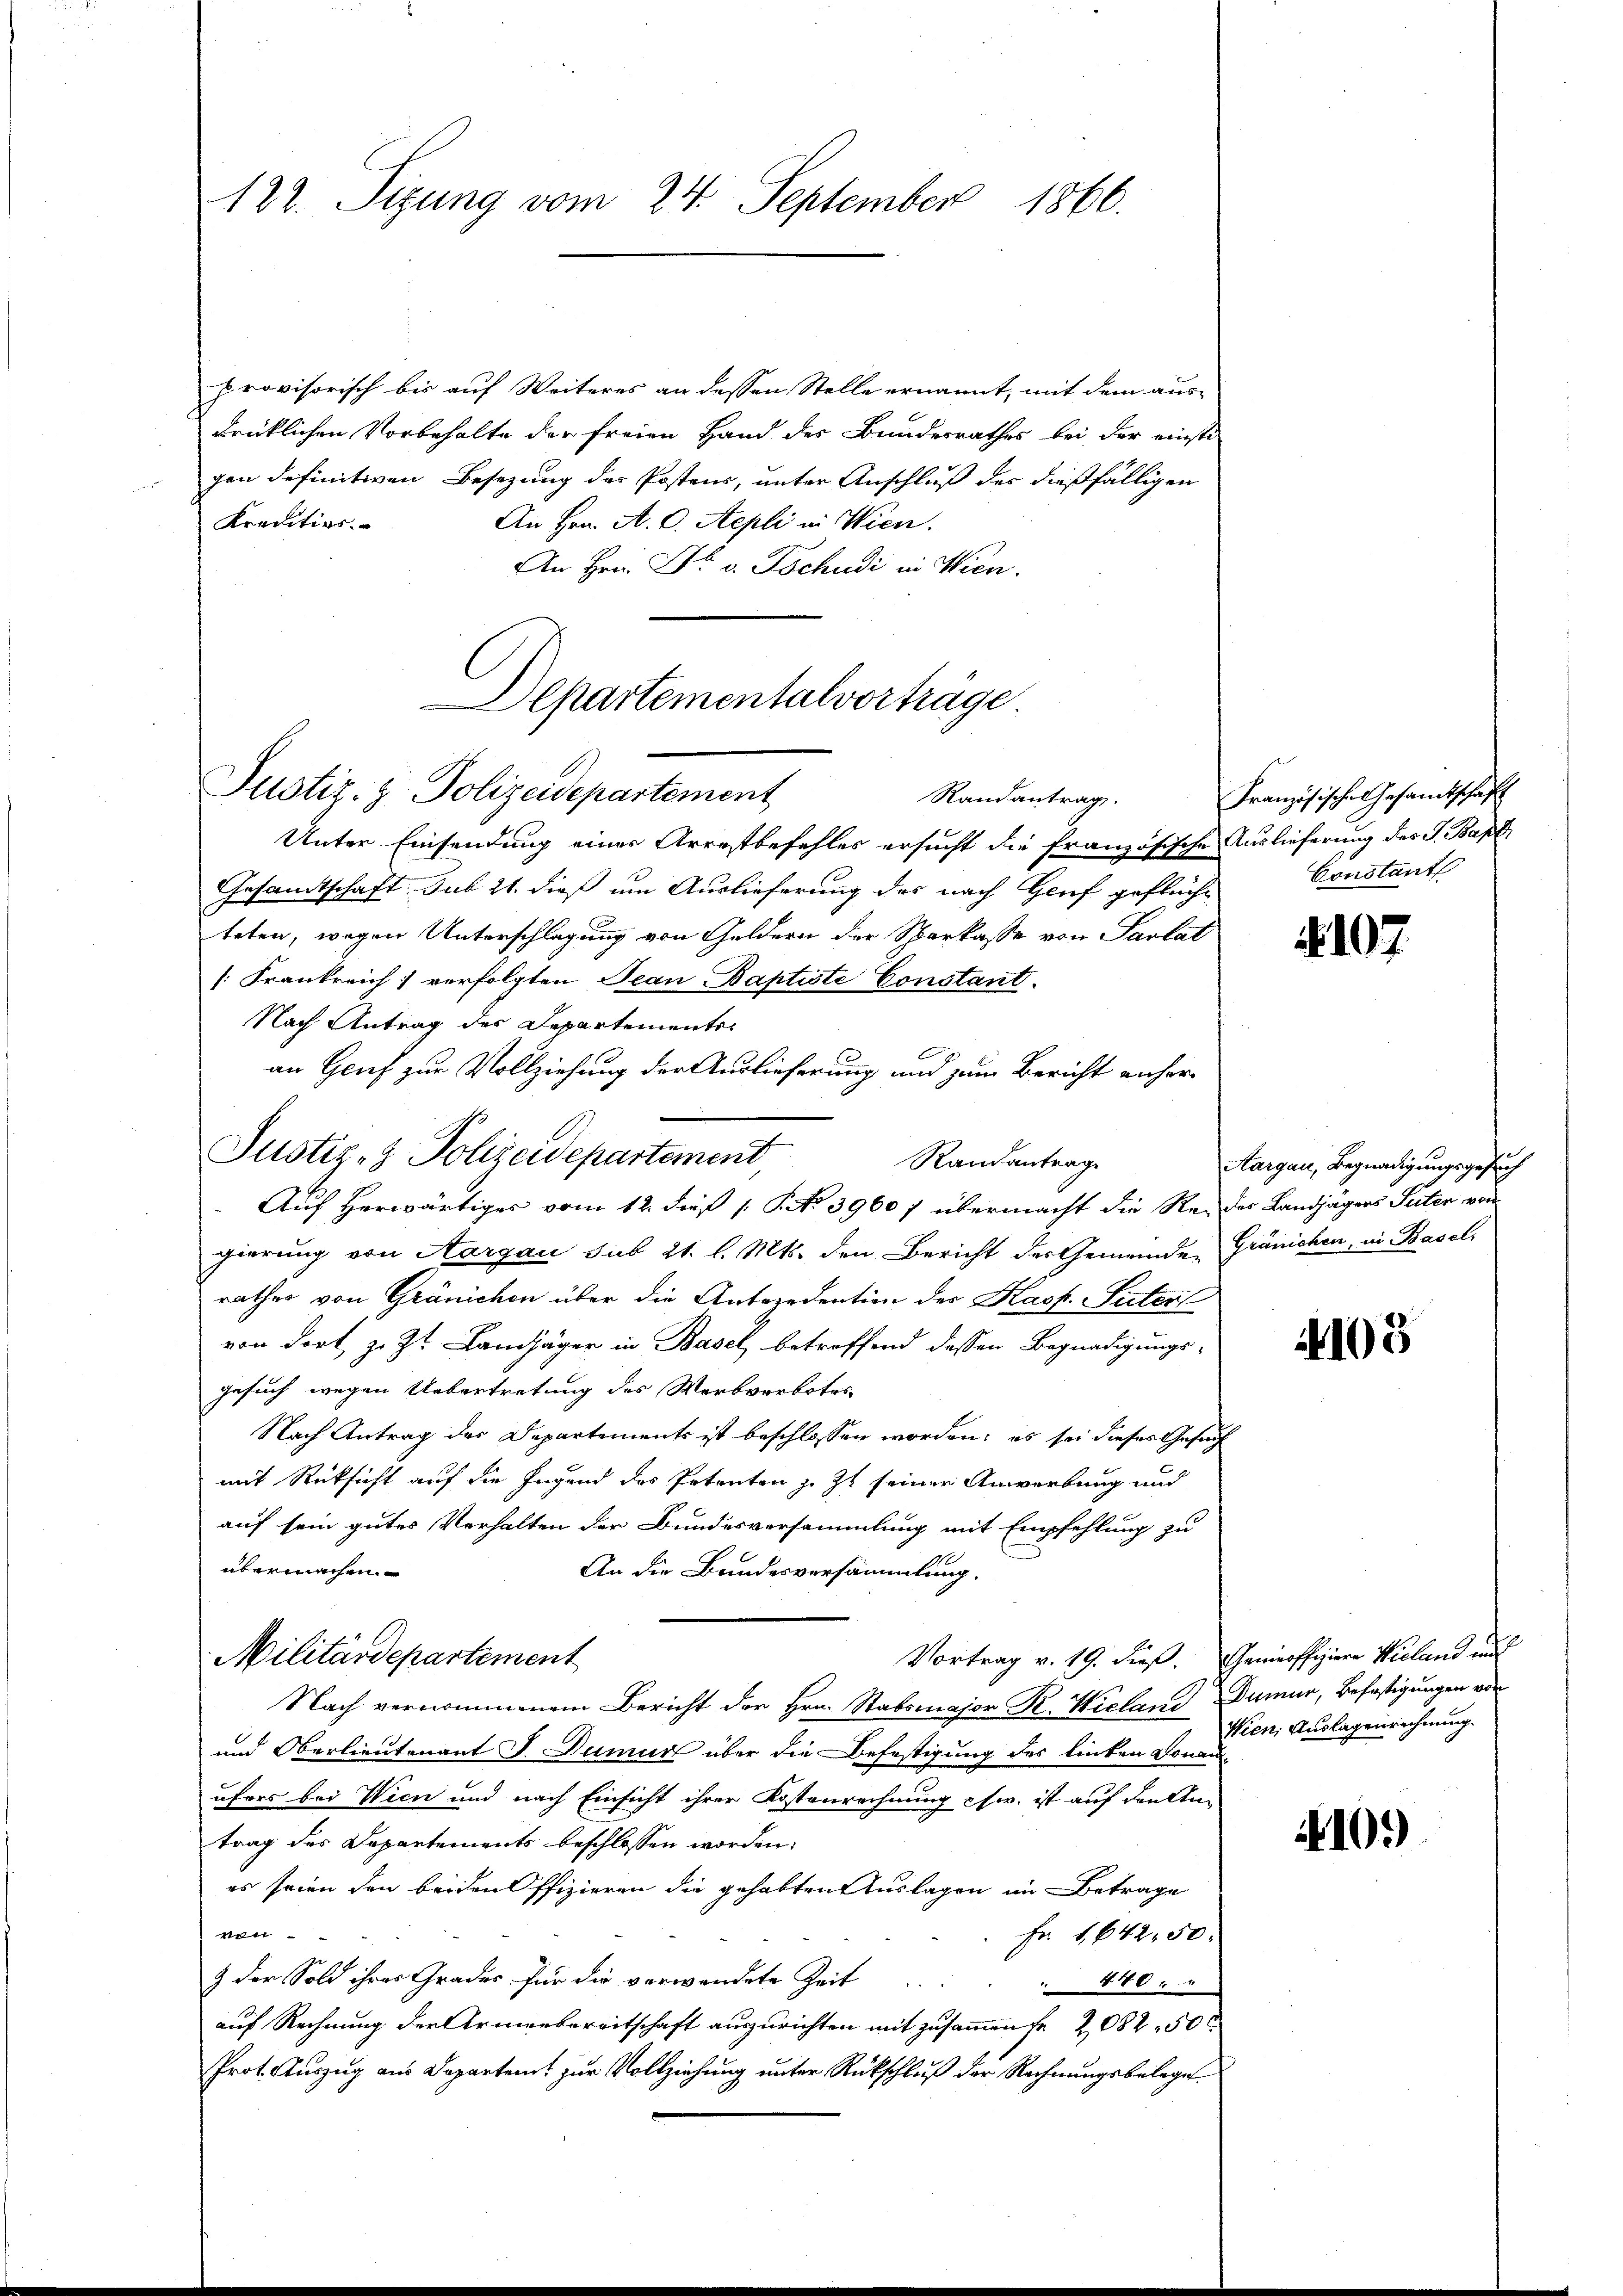
122. Sizung vom 24. September 1866.

provisorisch bis auf Weiteres an dessen Stelle ernannt, mit dem aus-
drücklichen Vorbehalte der freien Hand des Bundesrathes bei der einste
gen definitiven Besetzung des Postens, unter Anschluß des dießfälligen
An Hrn. A. C. Stepli in Wien.
Krentier
An Hrn. Dr. v. Tschudi in Wien.

Departementalvorträge.
Justiz- & Polizeidepartement
Randantrag.

Justiz- & Polizeidepartement,
Randantrag

Unter Einsendung eines Arrestbefehles ersucht die französische Auslieferung des J. Bapt
Gesandtschaft. sub 21. dieß um Auslieferung des nach Genf geflüche
teten, wegen Unterschlagung von Geldern der Sparkasse von Parlat
[Frankreich verfolgten Jean Baptiste Constant.
Nach Antrag des Departemente
an Genf zur Vollziehung der Auslieferung und zum Bericht anhergierung von Aargau sub 21. l. Mts. den Bericht der Gemeinde Gränichen, in Basel,
rathes von Gränichen über die Antezedention der Kasp. Suterl
von dort, z. Zt. Landjäger in Basel, betreffend dessen Begnadigungs-
gesuch wegen Uebertretung des Werbverbotes
Nach Antrag des Departements ist beschlossen worden; es sei dieses Gesuch
mit Rücksicht auf die Jugend des Petenten z. Zt. seiner Anwerbung und
auf sein gutes Verhalten der Bundesversammlung mit Empfehlung zu
übermachen
An die Bundesversammlung.
Vortrag v. 19. dieß. Genieoffiziere Wieland und
Militärdepartement
Nach vernommenem Bericht der Hrn. Stabsmajor K. Niclaus Dumur, Befestigungen von
und Oberlieutenant J. Dumur über die Befestigung des linken Donauufers bei Wien und nach Einsicht ihrer Kostenrechnung chw. ist auf den Antrag des Departements beschlossen worden.
es seien den beiden Pfizieren die gehabten Auslagen im Betrage
ven
Fr 1642,50
9 der Sold ihrer Grades für die verwendete Zeit
 440.
auf Rechnung der Armenbereitschaft auszurichten mit zusammen fr. 2082. 50 x
Prot. Auszug aus Departen zur Vollziehung unter Rückschluß der Rechnungsbelege

Auf herwärtiges vom 12. dieß [S. No 39607 übermacht die Re- des Landjägers Suten von

Französische Gesandtschaft
Constant

107

Aargau, Begnadigungsgesuch

4105

Wien, Auslagenrechnung.

10.)